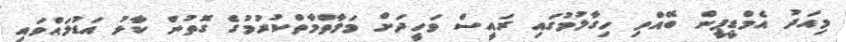
މިއަދު އެމްޑީޕީން ބޭއްވި ހިގާލުމުގައި ރައީސް ވަހީދަށް މަލާތްމާތްކުރުމުގެ ގޮތުން ކާޅު އަޑުލައްވައި